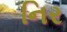
નિર